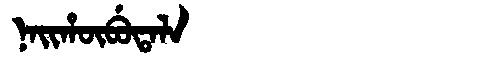
Manchu: ᠨᠠᡳᡥᡡᠪᡠᡨᠠᠯᠠ
Romanization: NAIHŪBUTALA